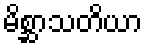
မိစ္ဆာသတိယာ